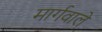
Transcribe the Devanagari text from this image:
मार्गवाले